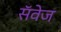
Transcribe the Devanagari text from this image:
सॅवेज